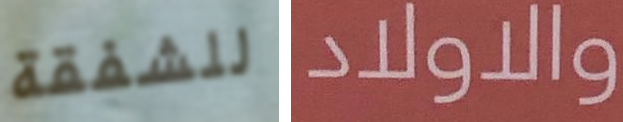
للشفقة والاولاد